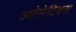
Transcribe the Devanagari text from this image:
ज्योमेटिक्स